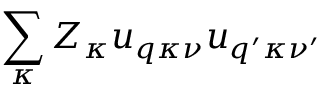
\sum _ { \kappa } Z _ { \kappa } \boldsymbol { u } _ { \boldsymbol { q } \kappa \nu } \boldsymbol { u } _ { \boldsymbol { q } ^ { \prime } \kappa \nu ^ { \prime } }